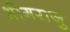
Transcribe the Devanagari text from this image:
भोगराजु